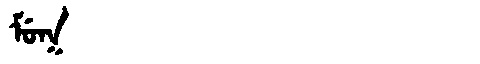
Manchu: ᠮᡠᡴ
Romanization: MUK